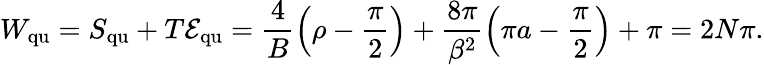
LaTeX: W_{\mathrm{qu}}=S_{\mathrm{qu}}+T{\cal E}_{\mathrm{qu}}=\frac{4}{B}\left(\rho-\frac{\pi}{2}\right)+\frac{8\pi}{\beta^{2}}\left(\pi a-\frac{\pi}{2}\right)+\pi=2N\pi.